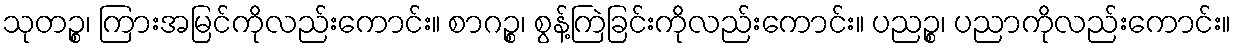
သုတဉ္စ၊ ကြားအမြင်ကိုလည်းကောင်း။ စာဂဉ္စ၊ စွန့်ကြဲခြင်းကိုလည်းကောင်း။ ပညဉ္စ၊ ပညာကိုလည်းကောင်း။